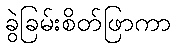
ခွဲခြမ်းစိတ်ဖြာကာ